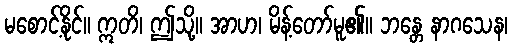
မစောင့်နိုင်။ ဣတိ၊ ဤသို့။ အာဟ၊ မိန့်တော်မူ၏။ ဘန္တေ နာဂသေန၊